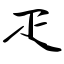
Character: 疋